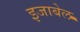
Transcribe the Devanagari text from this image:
इजाबेल